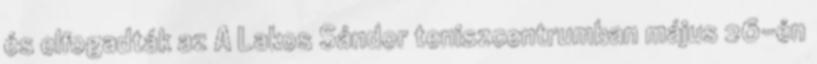
és elfogadták az A Lakos Sándor teniszcentrumban május 26-én